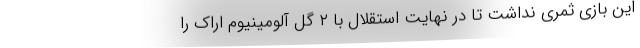
این بازی ثمری نداشت تا در نهایت استقلال با ۲ گل آلومینیوم اراک را